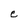
Character: e